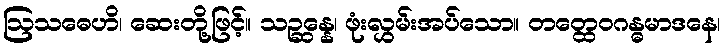
ဩသဓေဟိ၊ ဆေးတို့ဖြင့်။ သဉ္ဆန္နေ၊ ဖုံးလွှမ်းအပ်သော။ တတ္ထေဝဂန္ဓမာဒနေ၊